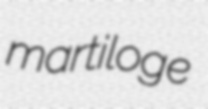
martiloge